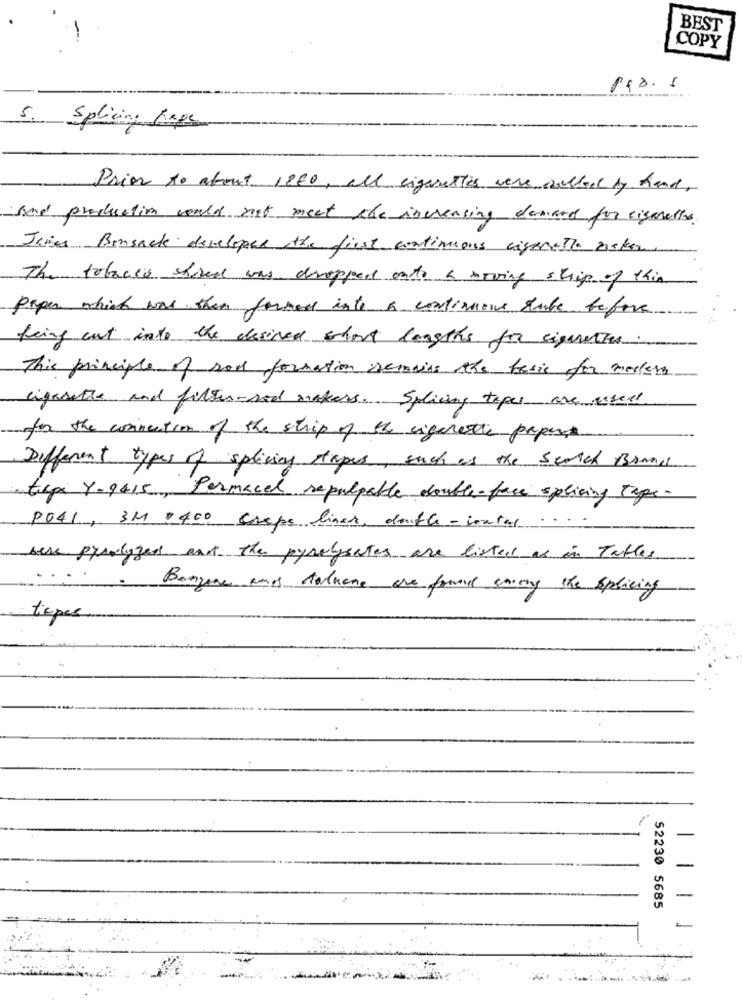
BEST
COPY
118.5
5. Splicing Rape
Prior to about 1880, all cigarettes were called by hand,
sand production would not meet the increasing demand for cigarettes
James Bonsack developer the first continuous cigenethe risker
The tobacco shred was dropped onto a moving strip of this
paper which was then formed into a continuous tube before
fring cut into the desired short lengths for cigarettes.
This principle of soil formation remains the ferie for modern
cigarette and filter-red makers. Splicing topes are resect
for the connection of the strip of the eigenethe paper
Different types of splicing stapes, such as the search Brani
tape Y-9415, Permacel repalpable double-face splicing tage.
PO41, 3M =400 Greps liner, double- contas
bers pyrolysess and the pyrolysates are listed as in Tables
....
Benzene and toluene are found sorry the Splicing
tiepes
-
-
52230 5685